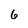
Character: 6